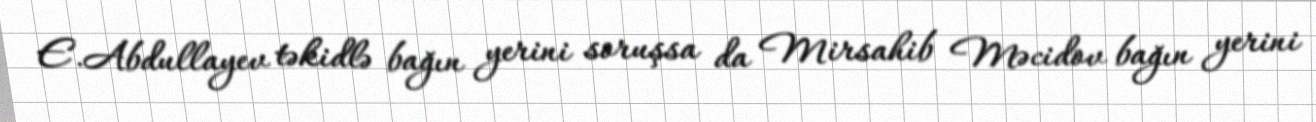
E.Abdullayev təkidlə bağın yerini soruşsa da Mirsahib Məcidov bağın yerini